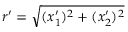
r ^ { \prime } = \sqrt { ( x _ { 1 } ^ { \prime } ) ^ { 2 } + ( x _ { 2 } ^ { \prime } ) ^ { 2 } }